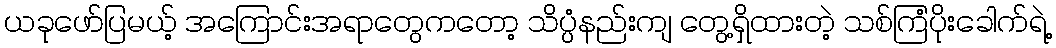
ယခုဖော်ပြမယ့် အကြောင်းအရာတွေကတော့ သိပ္ပံနည်းကျ တွေ့ရှိထားတဲ့ သစ်ကြံပိုးခေါက်ရဲ့